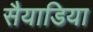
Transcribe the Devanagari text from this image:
सैयाडिया